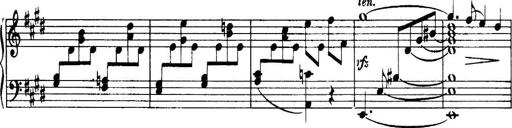
Title: 3 Sonatinas, Op.67
Composer: Jean Sibelius